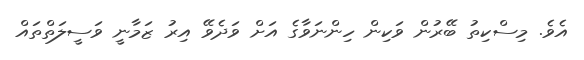
އެވެ. މިސްކިތު ބޭރުން ވަކިން ހިންނަވާގެ އަށް ވަދެވޭ އިރު ޒަމާނީ ވަސީލަތްތައް